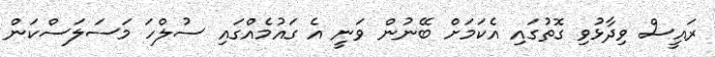
ރައީސް ވިދާޅުވި ގޮތުގައި އެކަމަށް ބޭނުން ވަނީ އެ ގައުމެއްގައި ސުލްހަ މަސަލަސްކަން